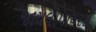
જાયલોપાયરસ